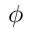
\phi